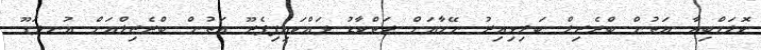
ކޮލަމްބިއާ އަތުން ބްރެޒިލް ބަލިވިއިރު ނޭމާއަށް ރަތްކާޑު ދައްކައިފިޕެރޫ އަތުން ބްރެޒިލްއަށް އުނދަގޫ